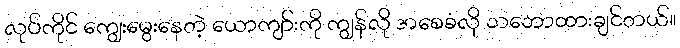
လုပ်ကိုင် ကျွေးမွေးနေတဲ့ ယောကျာ်းကို ကျွန်လို အစေခံလို သဘောထားချင်တယ်။